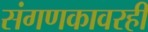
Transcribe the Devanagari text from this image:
संगणकावरही